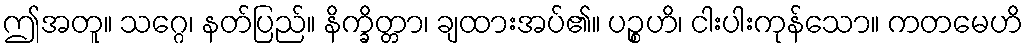
ဤအတူ။ သဂ္ဂေ၊ နတ်ပြည်။ နိက္ခိတ္တာ၊ ချထားအပ်၏။ ပဉ္စဟိ၊ ငါးပါးကုန်သော။ ကတမေဟိ